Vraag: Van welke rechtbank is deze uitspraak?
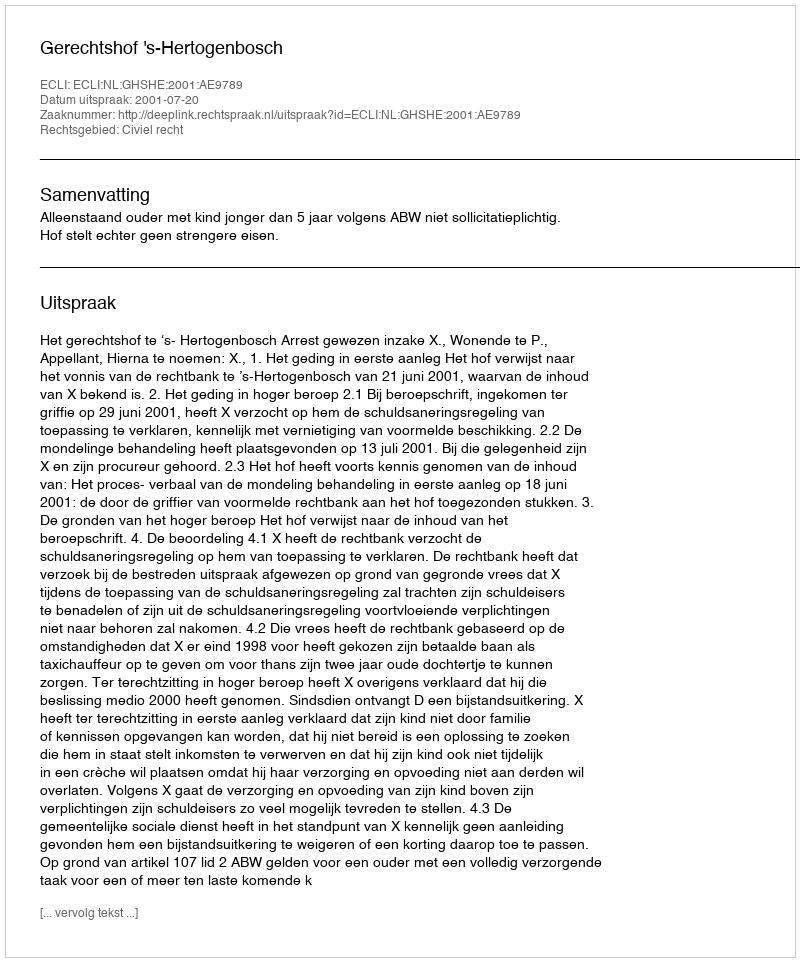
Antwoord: Gerechtshof 's-Hertogenbosch